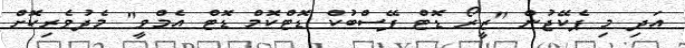
އަދި މި ޕެކޭޖުން "ޒީރޯ ޑޮޓް ފޭސްބުކް ޑޮޓްކޮމް ޑޮޓް އެމްވީ" މެދުވެރިކޮށް